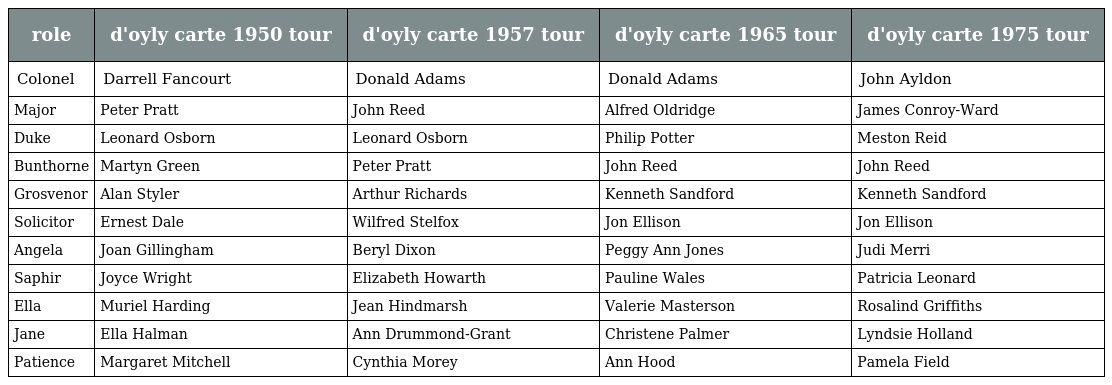
| role | d'oyly carte 1950 tour | d'oyly carte 1957 tour | d'oyly carte 1965 tour | d'oyly carte 1975 tour |
 | --- | --- | --- | --- | --- |
 | Colonel | Darrell Fancourt | Donald Adams | Donald Adams | John Ayldon |
 | Major | Peter Pratt | John Reed | Alfred Oldridge | James Conroy-Ward |
 | Duke | Leonard Osborn | Leonard Osborn | Philip Potter | Meston Reid |
 | Bunthorne | Martyn Green | Peter Pratt | John Reed | John Reed |
 | Grosvenor | Alan Styler | Arthur Richards | Kenneth Sandford | Kenneth Sandford |
 | Solicitor | Ernest Dale | Wilfred Stelfox | Jon Ellison | Jon Ellison |
 | Angela | Joan Gillingham | Beryl Dixon | Peggy Ann Jones | Judi Merri |
 | Saphir | Joyce Wright | Elizabeth Howarth | Pauline Wales | Patricia Leonard |
 | Ella | Muriel Harding | Jean Hindmarsh | Valerie Masterson | Rosalind Griffiths |
 | Jane | Ella Halman | Ann Drummond-Grant | Christene Palmer | Lyndsie Holland |
 | Patience | Margaret Mitchell | Cynthia Morey | Ann Hood | Pamela Field |